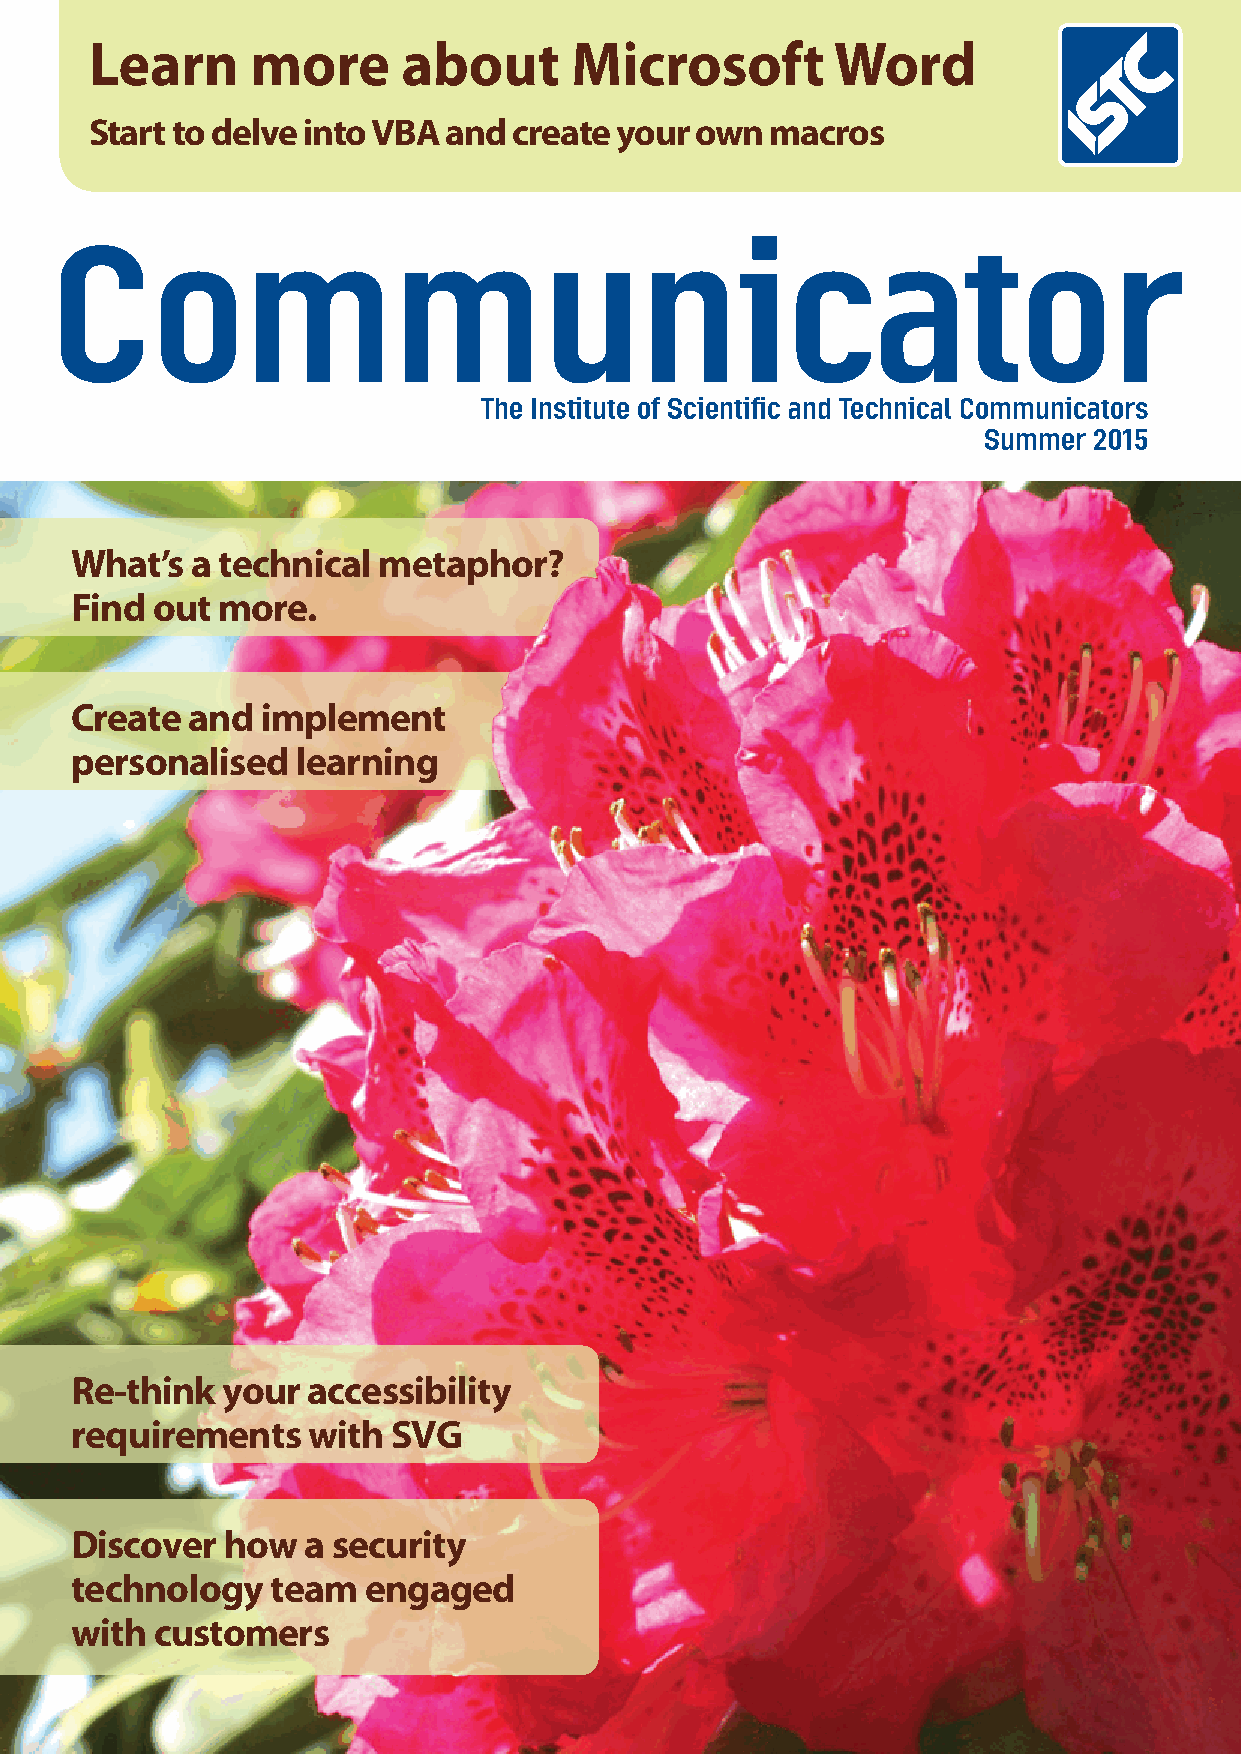
Learn      more      about      Microsoft        Word
 Start to delve into VBA and create your own  macros
 Communicator
 The Institute of Scientific and Technical Communicators
 Summer 2015
 What’s  a technical metaphor?
 Find out more.
 Create and  implement
 personalised   learning
 Re-think  your accessibility
 requirements   with  SVG
 Discover  how  a security
 technology   team  engaged
 with customers